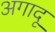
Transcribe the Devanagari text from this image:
अगादू